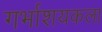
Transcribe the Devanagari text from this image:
गर्भाशयकला